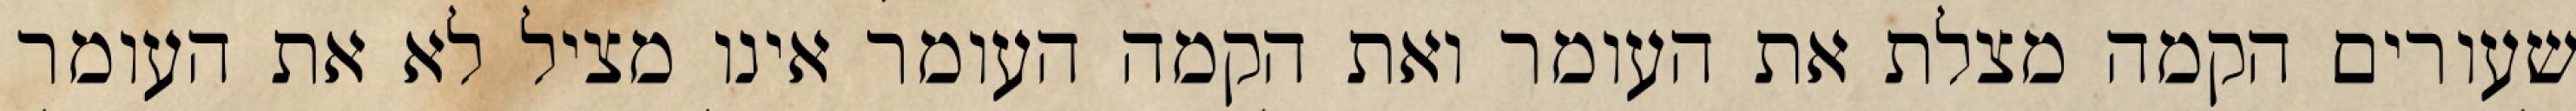
שעורים הקמה מצלת את העומר ואת הקמה העומר אינו מציל לא את העומר